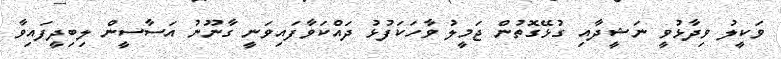
ވަކީލު ވިދާޅުވީ ނަޝީދާއި ގުޅޭގޮތުން ޖަމީލު ވާހަކަފުޅު ދައްކަވާފައިވަނީ ގާނޫނު އަސާސީން ލިބިދީފައިވާ